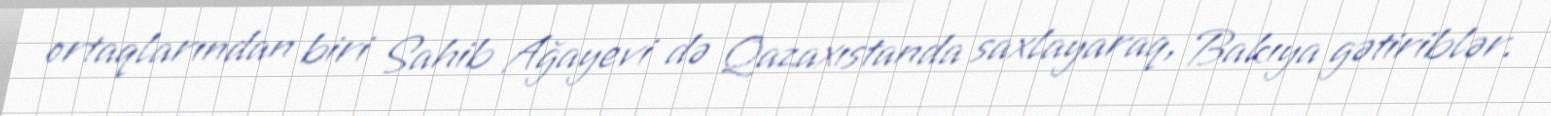
ortaqlarından biri Sahib Ağayevi də Qazaxıstanda saxlayaraq, Bakıya gətiriblər.